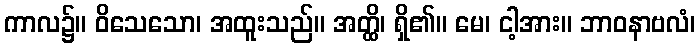
ကာလ၌။ ဝိသေသော၊ အထူးသည်။ အတ္ထိ၊ ရှိ၏။ မေ၊ ငါ့အား။ ဘာဝနာဗလံ၊